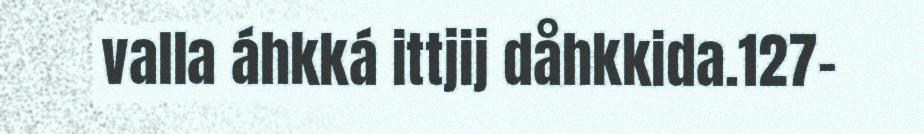
valla áhkká ittjij dåhkkida.127–